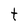
Character: t